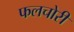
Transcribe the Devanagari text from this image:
फलचोरी